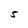
Character: 5